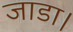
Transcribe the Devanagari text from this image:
जाडा।